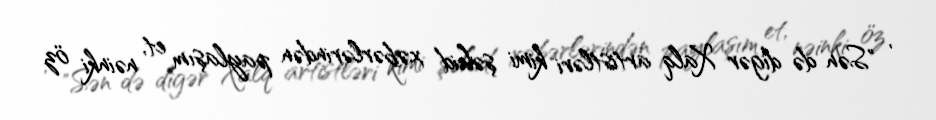
, "Sən də digər Xalq artistləri kimi şəhid xəbərlərindən paylaşım et, nəinki öz